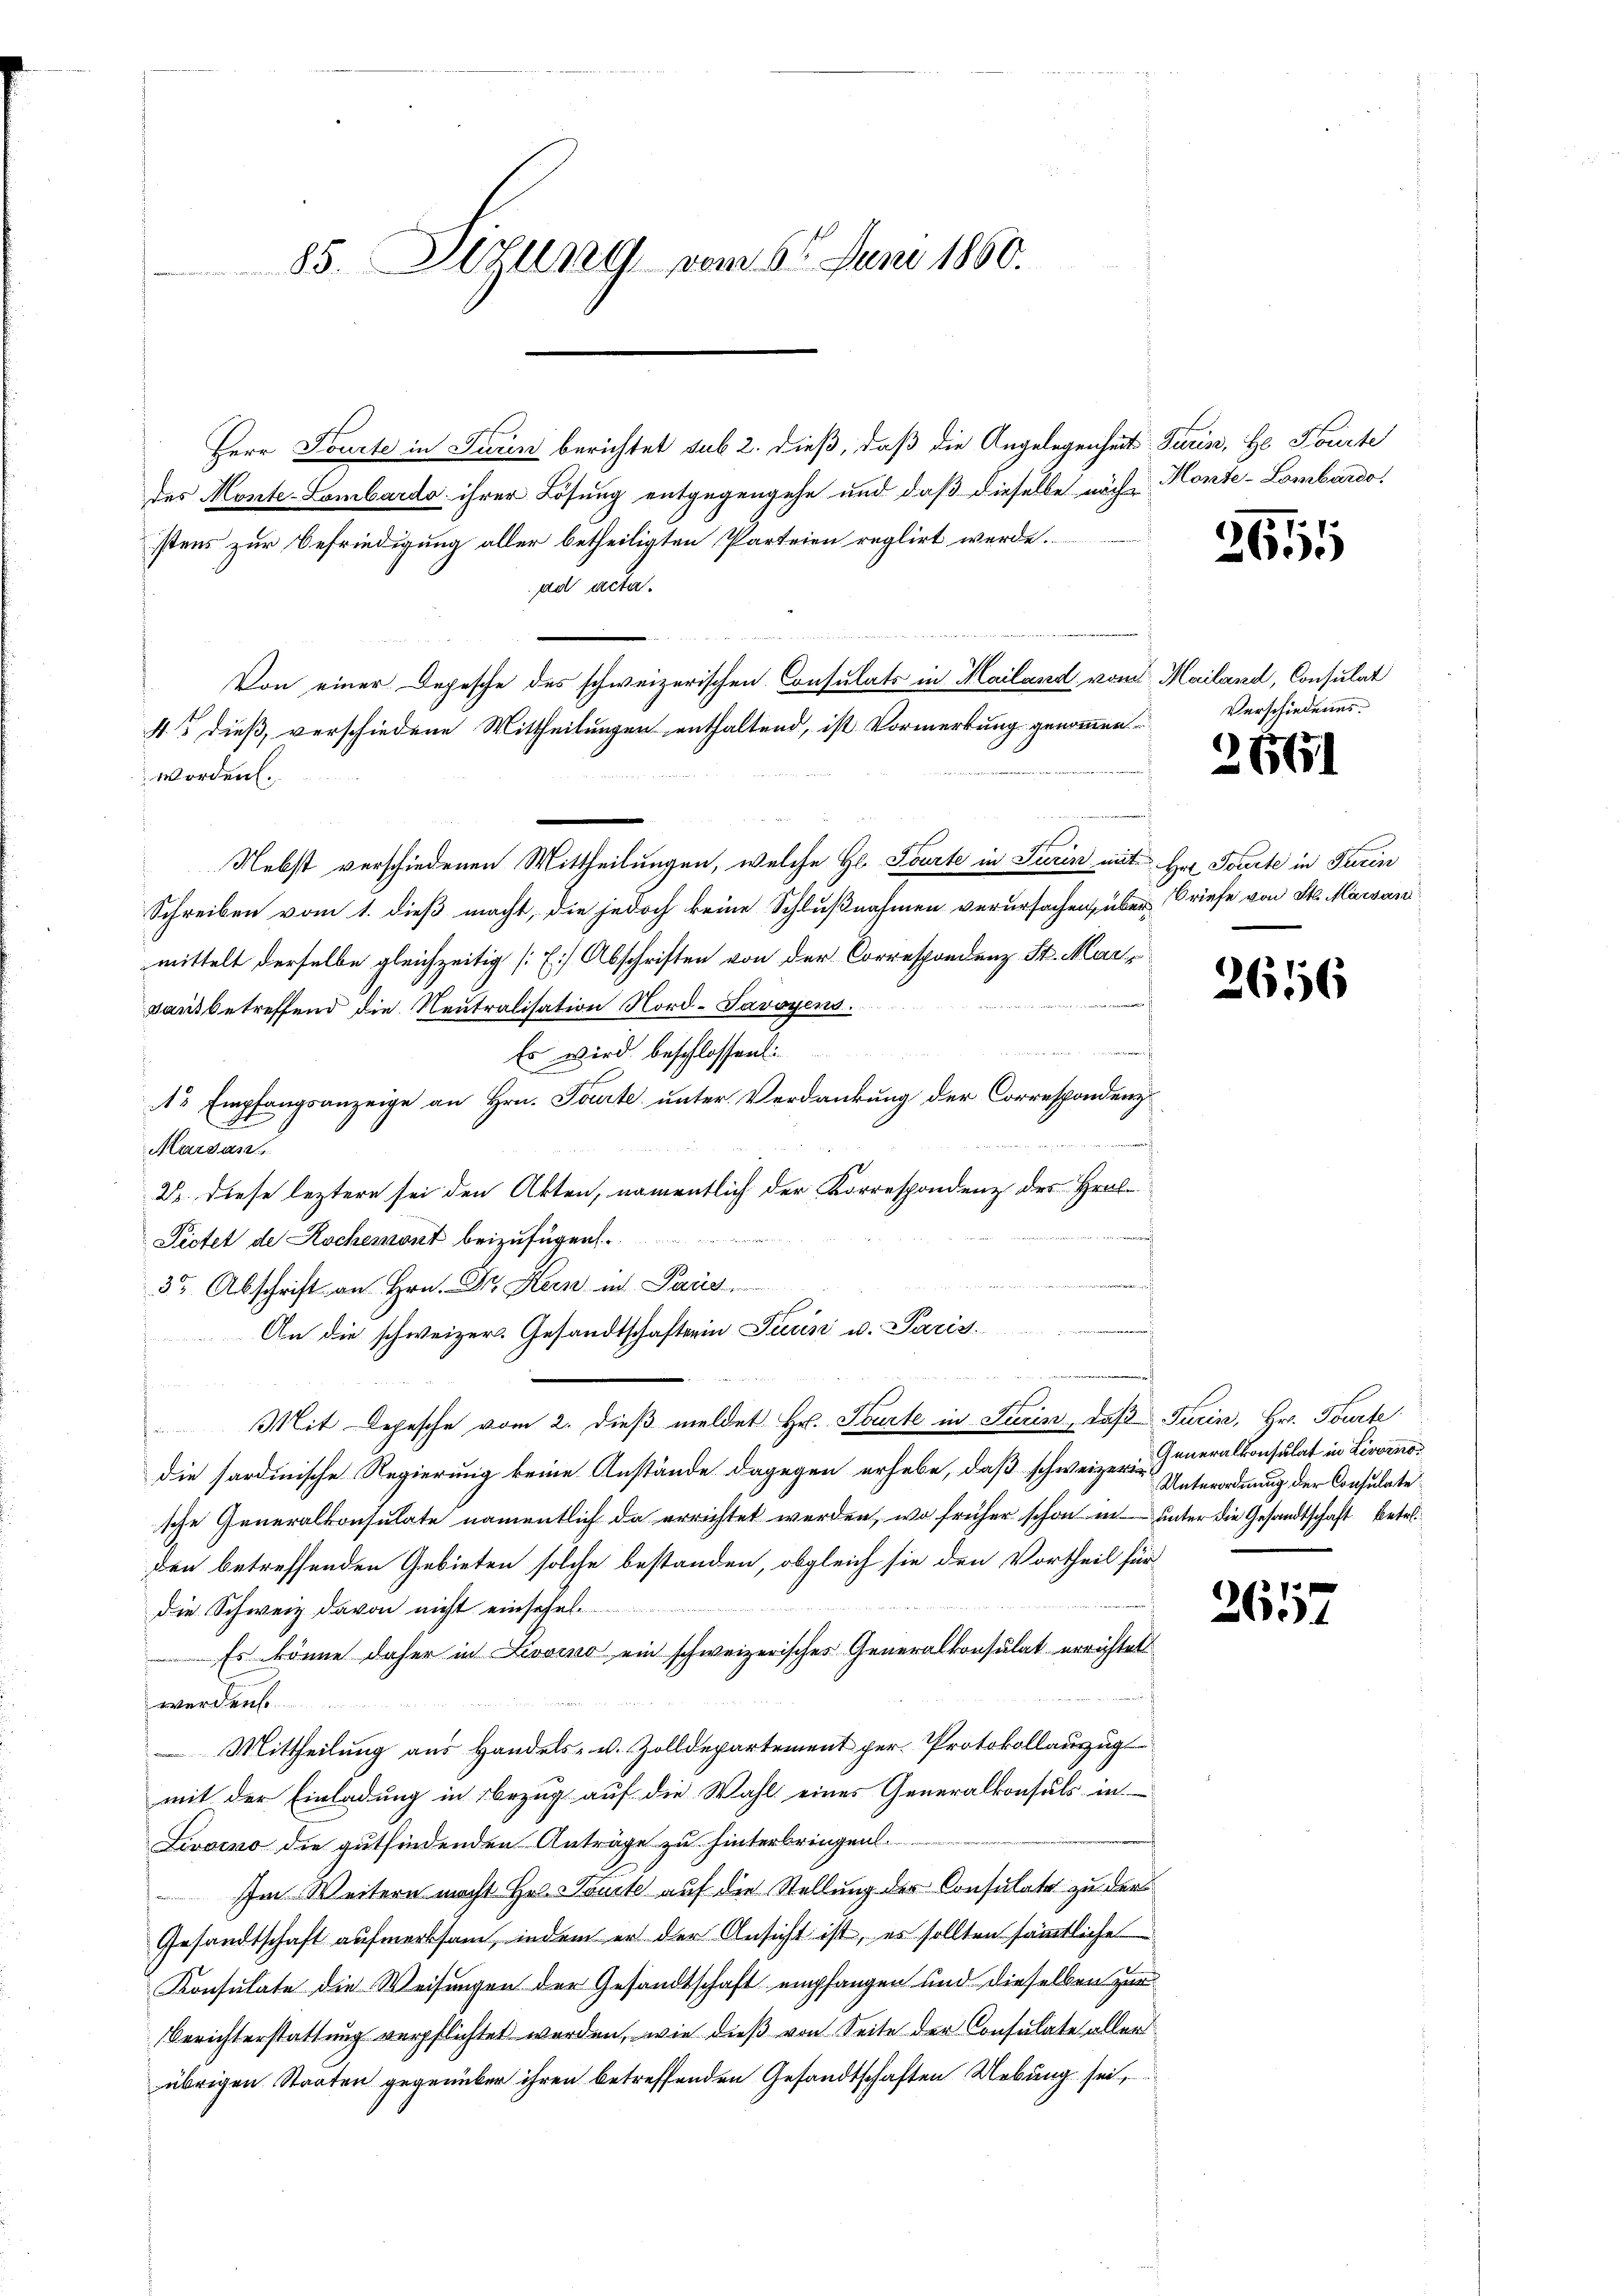
85. Ilzung vom 6. Juni 1860.

Herr Fourte in Turin berichtet sub 2. dieß, daß die Angelegenheit Turin, He Fourte
des Monte-Lombardo ihrer Lösung entgegengehe und daß dieselbe nach Monte-Lombardo,
stens zur Befriedigung aller betheiligten Parteien reglirt werde.
ad acta.

Von einer Depesche des schweizerischen Consulats in Mailand, vom Mailand, Consulat
43 dieß, verschiedene Mittheilungen enthaltend, ist Vormerkung genommen
worden.
Nebst verschiedenen Mittheilungen, welche H. Tourte in Turin mit Hr. Tourte in Turin
Schreiben vom 1. dieß macht, die jedoch keine Schlußnahmen verursachen, über Briefe von St. Marsan
mittelt derselbe gleichzeitig [] Abschriften von der Correspondenz St. Marm
sant betreffend die Neutralisation Nord-Savoyens
menen
 erheit der
Es wird beschlossen:
Nr Empfangsanzeige an Hrn. Tourte unter Verdankung der Correspondenz
r
Aargau
22. diese leztere sei den Akten, namentlich der Korrespondenz des Hralt
Pictet de Kochemont beizufügen

n
35 Abschrift an Hrn. Dr Kern und Pau
An die schweizer. Gesandtschaftsein Jaun u. Paris
Mit Depesche vom 2. dieβ meldet Hr. Lourte in Turin, daß Turin, Hr. Tourte
die sardinische Regierung keine Anstände dagegen erhabe, daß schweizerin
sche Generalkonsulate namentlich da errichtet werden, wo früher schon in unter die Gesandtschaft betr.
den betreffenden Gebieten solche bestanden, obgleich sie den Vortheil für
e
die Schweiz davon nicht einsehe
Es könne daher in Livorno ein schweizerisches Generalkonsulat errichtet
werden.
 Mittheilung aus Handels- u. Zolldepartement per Protokollauszug
mit der Einladung in Bezug auf die Wahl eines Generalkonsuls in
Livorno die gutfindenden Anträge zu hinterbringen.
Im Weitern macht Hr. Sonste auf die Stellung der Consulate zu der
Gesandtschaft aufmerksam, indem er der Ansicht ist, es sollten sämtliche
Konsulate die Weisungen der Gesandtschaft empfangen und dieselben zur
Berichterstattung verpflichtet worden, wie dieß von Seite der Consulate aller
übrigen Staaten gegenüber ihren betreffenden Gesandtschaften Uebung sei,

2615

Verschiedenes.

)
6651

2616

Generalkonsulat in Livorno
Unterordnung der Consulate

261

.